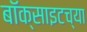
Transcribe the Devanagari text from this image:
बॉक्साइटच्या